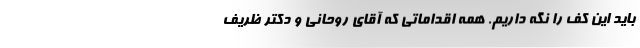
باید این کف را نگه داریم. همه اقداماتی که آقای روحانی و دکتر ظریف